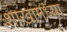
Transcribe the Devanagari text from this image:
शाखांमध्या